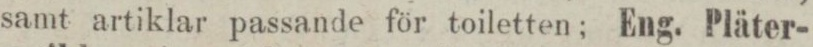
samt artiklar passande för toiletten; Eng. Pläter-